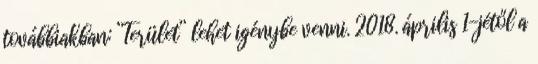
továbbiakban: ”Terület” lehet igénybe venni. 2018. április 1-jétől a